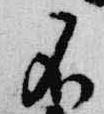
不